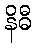
နိဓီ